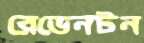
রেভেনটন